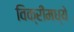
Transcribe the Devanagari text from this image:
विक्रीमध्ये